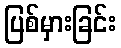
ပြစ်မှားခြင်း